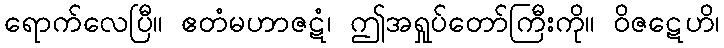
ရောက်လေပြီ။ ဧတံမဟာဇဋံ၊ ဤအရှုပ်တော်ကြီးကို။ ဝိဇဋေဟိ၊